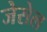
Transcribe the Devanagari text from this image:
जेसेल